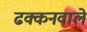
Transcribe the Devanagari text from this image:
ढक्कनवाले